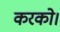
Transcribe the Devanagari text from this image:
करको।